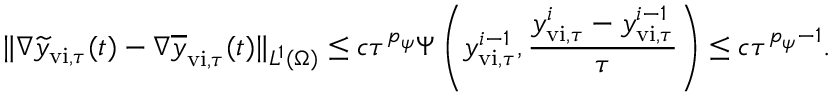
\| \nabla \widetilde { y } _ { \mathrm { v i } , \tau } ( t ) - \nabla \overline { { y } } _ { \mathrm { v i } , \tau } ( t ) \| _ { L ^ { 1 } ( \Omega ) } \leq c \tau ^ { p _ { \psi } } \Psi \left( y _ { \mathrm { v i } , \tau } ^ { i - 1 } , \frac { { y } _ { \mathrm { v i } , \tau } ^ { i } - { y } _ { \mathrm { v i } , \tau } ^ { i - 1 } } { \tau } \right) \leq c \tau ^ { p _ { \psi } - 1 } .